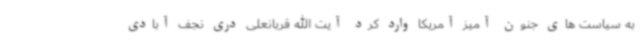
به سیاست های جنون آمیز آمریکا وارد کرد آیت الله قربانعلی دری نجف آبادی